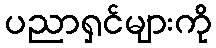
ပညာရှင်များကို